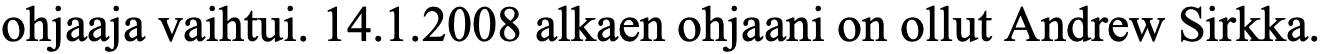
ohjaaja vaihtui. 14.1.2008 alkaen ohjaani on ollut Andrew Sirkka.